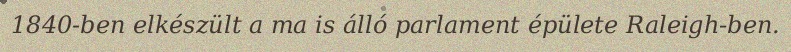
1840-ben elkészült a ma is álló parlament épülete Raleigh-ben.